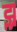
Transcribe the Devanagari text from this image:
झ्र